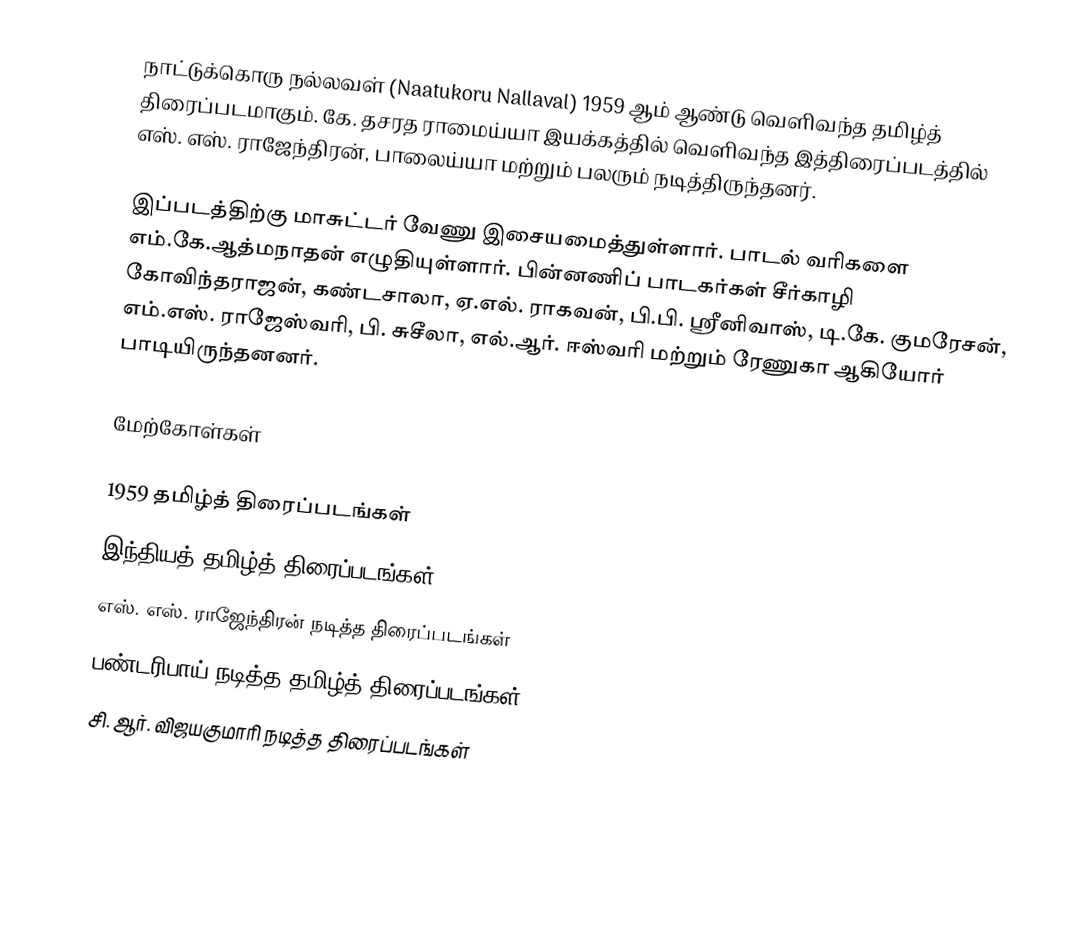
நாட்டுக்கொரு நல்லவள் (Naatukoru Nallaval) 1959 ஆம் ஆண்டு வெளிவந்த தமிழ்த் திரைப்படமாகும். கே. தசரத ராமைய்யா  இயக்கத்தில் வெளிவந்த இத்திரைப்படத்தில் எஸ். எஸ். ராஜேந்திரன், பாலைய்யா மற்றும் பலரும் நடித்திருந்தனர்.

இப்படத்திற்கு மாசுட்டர் வேணு இசையமைத்துள்ளார். பாடல் வரிகளை எம்.கே.ஆத்மநாதன் எழுதியுள்ளார். பின்னணிப் பாடகர்கள் சீர்காழி கோவிந்தராஜன், கண்டசாலா, ஏ.எல். ராகவன், பி.பி. ஸ்ரீனிவாஸ், டி.கே. குமரேசன், எம்.எஸ். ராஜேஸ்வரி, பி. சுசீலா, எல்.ஆர். ஈஸ்வரி மற்றும் ரேணுகா ஆகியோர் பாடியிருந்தனனர்.

மேற்கோள்கள்

1959 தமிழ்த் திரைப்படங்கள்
இந்தியத் தமிழ்த் திரைப்படங்கள்
எஸ். எஸ். ராஜேந்திரன் நடித்த திரைப்படங்கள்
பண்டரிபாய் நடித்த தமிழ்த் திரைப்படங்கள்
சி. ஆர். விஜயகுமாரி நடித்த திரைப்படங்கள்